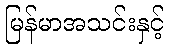
မြန်မာအသင်းနှင့်